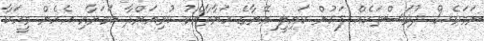
ނަމަވެސް ދުވަސްތަކެއް ފަހުން ކައިލީ އޭނާގެ ހަޔާތާއެކު ކުރިއަށްދާ ކަމަށާއި އެހެން މީހަކާ